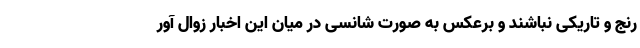
رنج و تاریکی نباشند و برعکس به صورت شانسی در میان این اخبار زوال آور